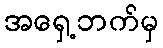
အရှေ့ဘက်မှ